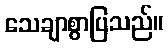
သေချာစွာပြသည်။